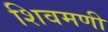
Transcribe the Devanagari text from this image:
शिवमणी